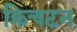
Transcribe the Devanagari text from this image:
क्रिचटन